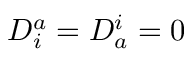
D _ { i } ^ { a } = D _ { a } ^ { i } = 0